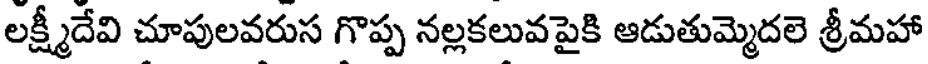
లక్ష్మీదేవి చూపులవరుస గొప్ప నల్లకలువపైకి ఆడుతుమ్మెదలె శ్రీమహా